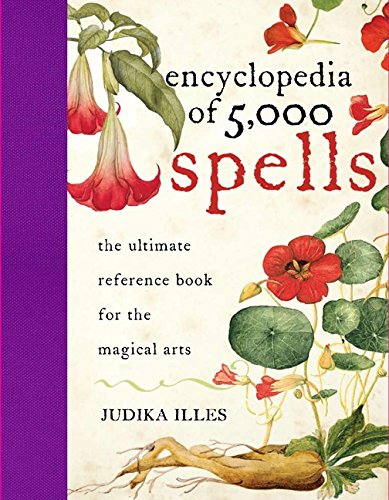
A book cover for Encyclopedia of 5,000 Spells; Judika Illes; Religion & Spirituality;